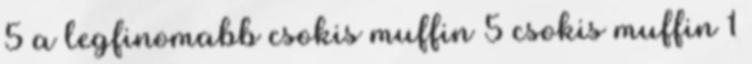
5 a legfinomabb csokis muffin 5 csokis muffin 1